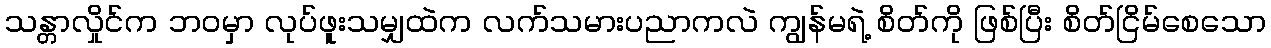
သန္တာလှိုင်က ဘဝမှာ လုပ်ဖူးသမျှထဲက လက်သမားပညာကလဲ ကျွန်မရဲ့ စိတ်ကို ဖြစ်ပြီး စိတ်ငြိမ်စေသော